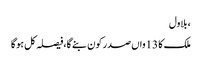
، بلاول
ملک کا 13واں صدر کون بنے گا،فیصلہ کل ہوگا